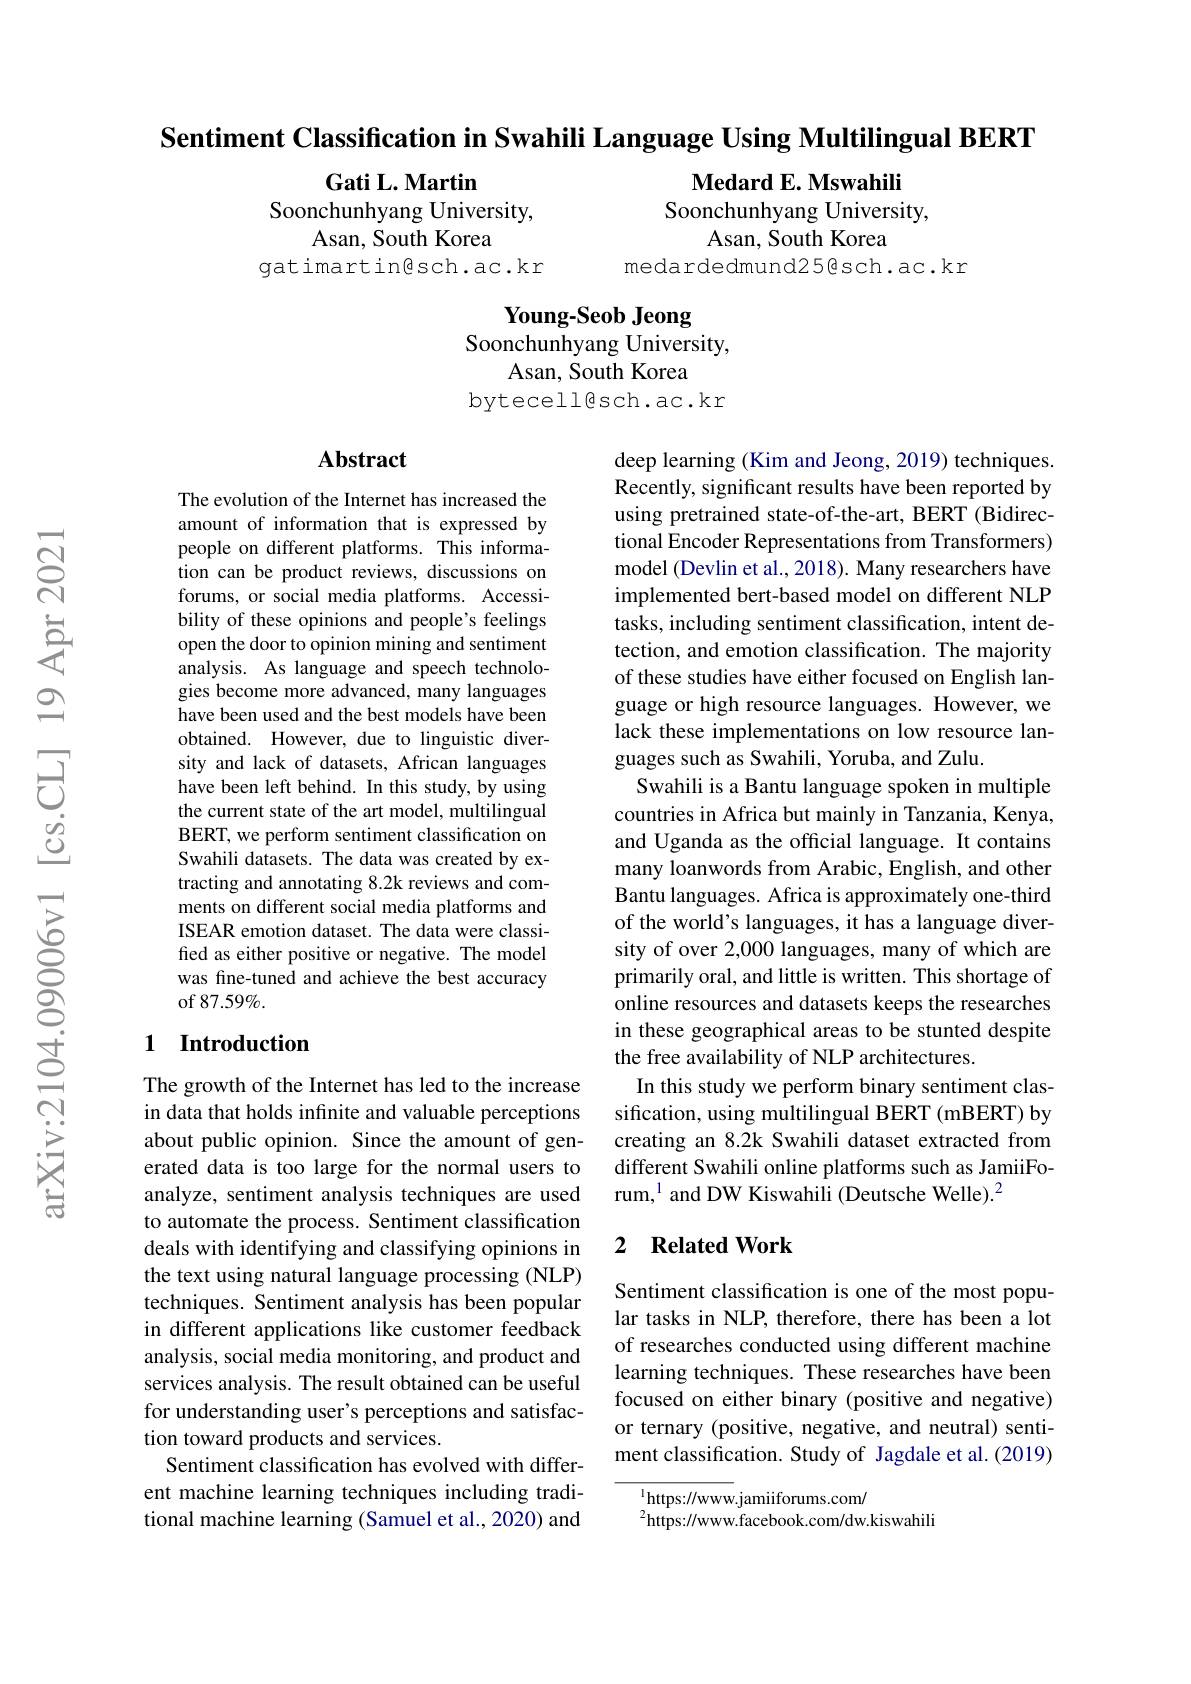
Sentiment Classification in Swahili Language Using Multilingual BERT

$\textbf{Medard E. Mswahili}$
Soonchunhyang University,
Asan, South Korea
medardedmund25@sch.ac.kr

$\textbf{Gati L. Martin}$
Soonchunhyang University,
Asan, South Korea
gatimartingsch.ac.kr

Young-Seob Jeong
Soonchunhyang University,
Asan, South Korea
bytecellesch.ac.kr

## Abstract

The evolution of the Internet has increased the amount of information that is expressed by people on different platforms. This information can be product reviews, discussions on forums, or social media platforms. Accessibility of these opinions and people's feelings open the door to opinion mining and sentiment analysis. As language and speech technologies become more advanced, many languages have been used and the best models have been obtained. However, due to linguistic diversity and lack of datasets, African languages have been left behind. In this study, by using the current state of the art model, multilingual BERT, we perform sentiment classification on Swahili datasets. The data was created by extracting and annotating 8.2k reviews and comments on different social media platforms and ISEAR emotion dataset. The data were classified as either positive or negative. The model was fine-tuned and achieve the best accuracy of 87.59%.

deep learning (Kim and Jeong, 2019) techniques. Recently, significant results have been reported by using pretrained state-of-the-art, BERT (Bidirectional Encoder Representations from Transformers) model (Devlin et al., 2018). Many researchers have implemented bert-based model on different NLP tasks, including sentiment classification, intent detection, and emotion classification. The majority of these studies have either focused on English language or high resource languages. However, we lack these implementations on low resource languages such as Swahili, Yoruba, and Zulu.
Swahili is a Bantu language spoken in multiple countries in Africa but mainly in Tanzania, Kenya, and Uganda as the official language. It contains many loanwords from Arabic, English, and other Bantu languages. Africa is approximately one-third of the world's languages, it has a language diversity of over 2,000 languages, many of which are primarily oral, and little is written. This shortage of online resources and datasets keeps the researches in these geographical areas to be stunted despite the free availability of NLP architectures.
In this study we perform binary sentiment classification, using multilingual BERT (mBERT) by creating an 8.2k Swahili dataset extracted from different Swahili online platforms such as JamiiForum,$^{1}$ and DW Kiswahili (Deutsche Welle).$^{2}$

## 1 Introduction

### 2 $\textbf{Related Work}$

The growth of the Internet has led to the increase in data that holds infinite and valuable perceptions about public opinion. Since the amount of generated data is too large for the normal users to analyze, sentiment analysis techniques are used to automate the process. Sentiment classification deals with identifying and classifying opinions in the text using natural language processing (NLP) techniques. Sentiment analysis has been popular in different applications like customer feedback analysis, social media monitoring, and product and services analysis. The result obtained can be useful for understanding user's perceptions and satisfaction toward products and services.
Sentiment classification has evolved with different machine learning techniques including traditional machine learning (Samuel et al., 2020) and

Sentiment classification is one of the most popular tasks in NLP, therefore, there has been a lot of researches conducted using different machine learning techniques. These researches have been focused on either binary (positive and negative) or ternary (positive, negative, and neutral) sentiment classification. Study of Jagdale et al.(2019)

$^{1}$https://www.jamiiforums.com/
$^{2}$https://www.facebook.com/dw.kiswahili